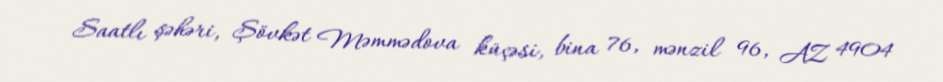
Saatlı şəhəri, Şövkət Məmmədova küçəsi, bina 76, mənzil 96, AZ 4904